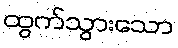
ထွက်သွားသော